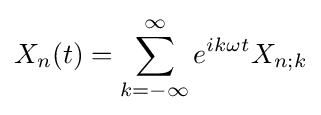
X_{n}(t)=\sum _{k=-\infty }^{\infty }e^{ik\omega t}X_{n;k}